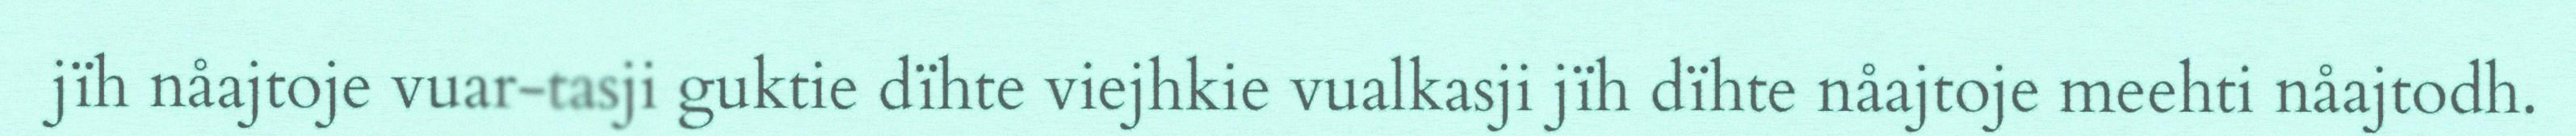
jïh nåajtoje vuar-tasji guktie dïhte viejhkie vualkasji jïh dïhte nåajtoje meehti nåajtodh.